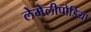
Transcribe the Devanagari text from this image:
लेमेलीपोडिया